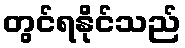
တွင်ရနိုင်သည်